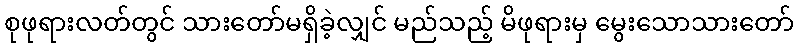
စုဖုရားလတ်တွင် သားတော်မရှိခဲ့လျှင် မည်သည့် မိဖုရားမှ မွေးသောသားတော်